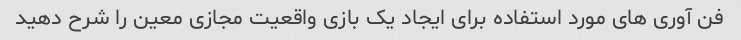
فن آوری های مورد استفاده برای ایجاد یک بازی واقعیت مجازی معین را شرح دهید